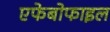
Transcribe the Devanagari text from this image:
एफेबोफाइल